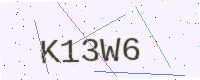
Text: K13W6